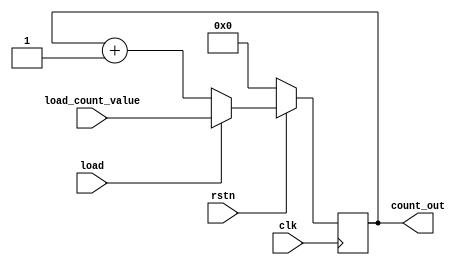
module dut_counter_10bit(
	input clk,
	input rstn,
	input load,
	input [9:0] load_count_value,
	output reg [9:0] count_out
);

	always@(posedge clk) begin
		if(!rstn)
			count_out <= 0;
		else if(load)
			count_out <= load_count_value;
	//BUG	else if(count_out == 10'd654)
	//		count_out <= count_out + 2;
		else
			count_out <= count_out + 1;
	end
endmodule